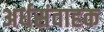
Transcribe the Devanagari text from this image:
अर्धसंवाहक